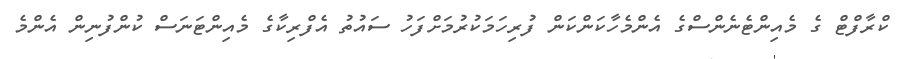
ކްރާފްޓް ގެ މެއިންޓެނެންސްގެ އެންމެހާކަންކަން ފުރިހަމަކުރުމަށްފަހު ސައުތު އެފްރިކާގެ މެއިންޓަނަސް ކުންފުނިން އެންމެ